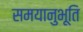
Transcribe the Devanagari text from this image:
समयानुभूति